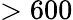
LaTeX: >600